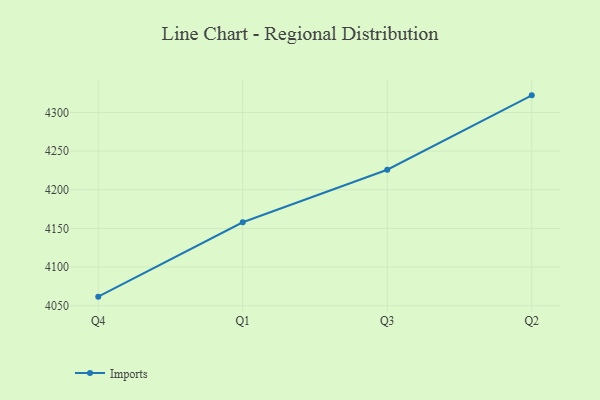
{"axis": {"x": "Quarter", "y": "Energy Usage (MWh)"}, "legend": ["Imports"], "data": [{"x": "Q4", "y": 4061.7, "type": "Imports"}, {"x": "Q1", "y": 4157.9, "type": "Imports"}, {"x": "Q3", "y": 4225.9, "type": "Imports"}, {"x": "Q2", "y": 4322.1, "type": "Imports"}]}